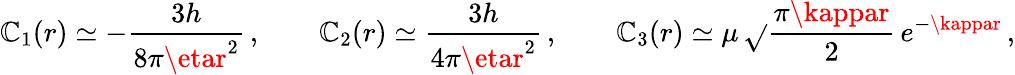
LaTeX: \mathbb{C}_{1}(r)\simeq-\frac{{3h}}{{8\pi\etar^{2}}}\, ,\qquad\mathbb{C}_{2}(r)\simeq\frac{{3h}}{{4\pi\etar^{2}}}\, ,\qquad\mathbb{C}_{3}(r)\simeq\mu\, \sqrt{}{{\frac{{\pi\kappar}}{{2}}}}\, e^{-\kappar}\, ,